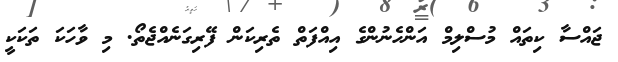
ޖައްސާ ކިތައް މުސްލިމް އަންހެނުންގެ އިއްފަތް ތެރިކަން ފޭރިގަނެއްޖެތޯ. މި ވާހަކަ ތަކަކީ